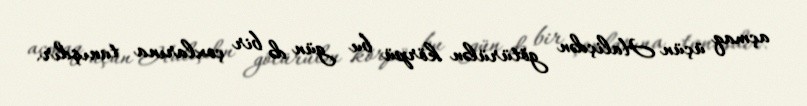
açmaq üçün Haliçdən götürülən körpü bu gün də bir çoxlarına tanışdır.